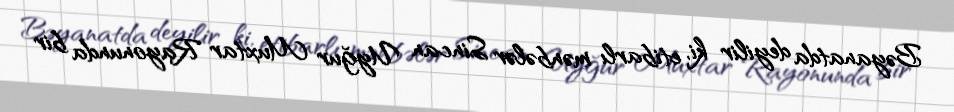
Bəyanatda deyilir ki, etibarlı mənbələr Sincan Uyğur Muxtar Rayonunda bir